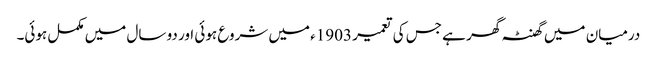
درمیان میں گھنٹہ گھر ہے جس کی تعمیر 1903ء میں شروع ہوئی اور دو سال میں مکمل ہوئی۔